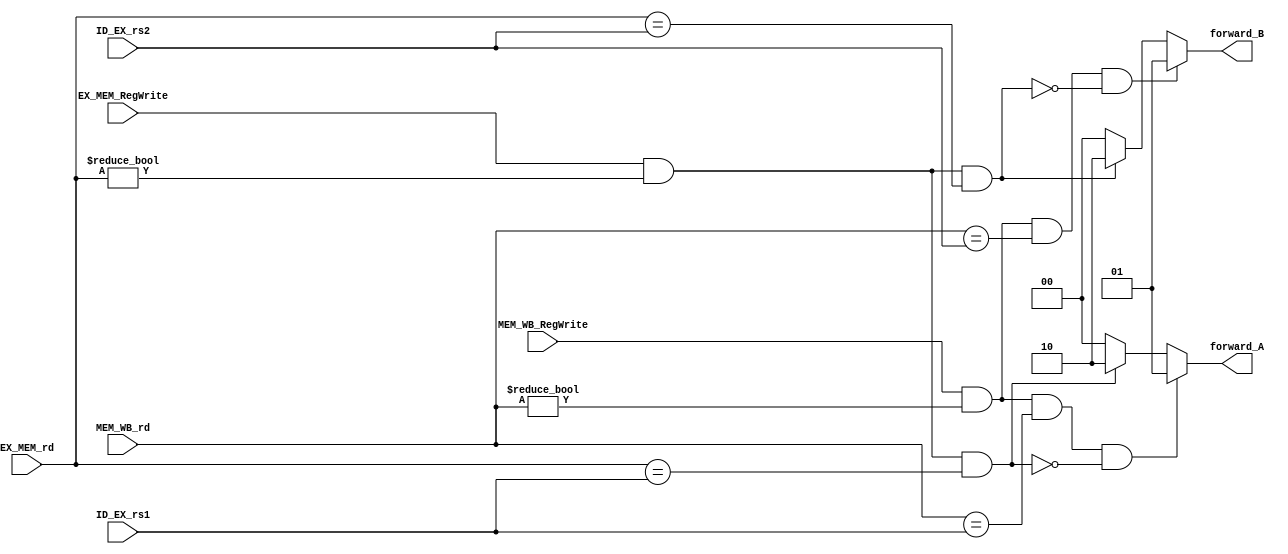
`timescale 1ns / 1ps
//////////////////////////////////////////////////////////////////////////////////
// Company: 
// Engineer: 
// 
// Design Name: 
// Module Name: forwarding_unit
// Project Name: 
// Target Devices: 
// Tool Versions: 
// Description: 
// 
// Dependencies: 
// 
// Revision:
// Revision 0.01 - File Created
// Additional Comments:
// 
//////////////////////////////////////////////////////////////////////////////////


module forwardingUnit(
    input [4:0] ID_EX_rs1, ID_EX_rs2, EX_MEM_rd, MEM_WB_rd,
    input EX_MEM_RegWrite, MEM_WB_RegWrite,
    output reg [1:0] forward_A, forward_B
);

    always@(*) begin
    
        forward_A = 2'b00;
        forward_B = 2'b00;
        
        // Execution Hazard
        if(EX_MEM_RegWrite == 1'b1 && EX_MEM_rd != 0 && EX_MEM_rd == ID_EX_rs1) begin
            forward_A = 2'b10; 
        end
        
        if(EX_MEM_RegWrite == 1'b1 && EX_MEM_rd != 0 && EX_MEM_rd == ID_EX_rs2) begin
            forward_B = 2'b10; 
        end
        
        
        // Memory Hazard
        if(MEM_WB_RegWrite == 1'b1 && MEM_WB_rd != 0 && MEM_WB_rd == ID_EX_rs1
         && !(EX_MEM_RegWrite == 1'b1 && EX_MEM_rd != 0 && EX_MEM_rd == ID_EX_rs1)) begin
            forward_A = 2'b01; 
        end
        
        if(MEM_WB_RegWrite == 1'b1 && MEM_WB_rd != 0 && MEM_WB_rd == ID_EX_rs2
         && !(EX_MEM_RegWrite == 1'b1 && EX_MEM_rd != 0 && EX_MEM_rd == ID_EX_rs2)) begin
            forward_B = 2'b01; 
        end
        
        
    end
endmodule